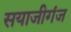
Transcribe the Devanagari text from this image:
सयाजीगंज